Indian journal of veterinary science and animal husbandry - Volume 14,
Year: 1944
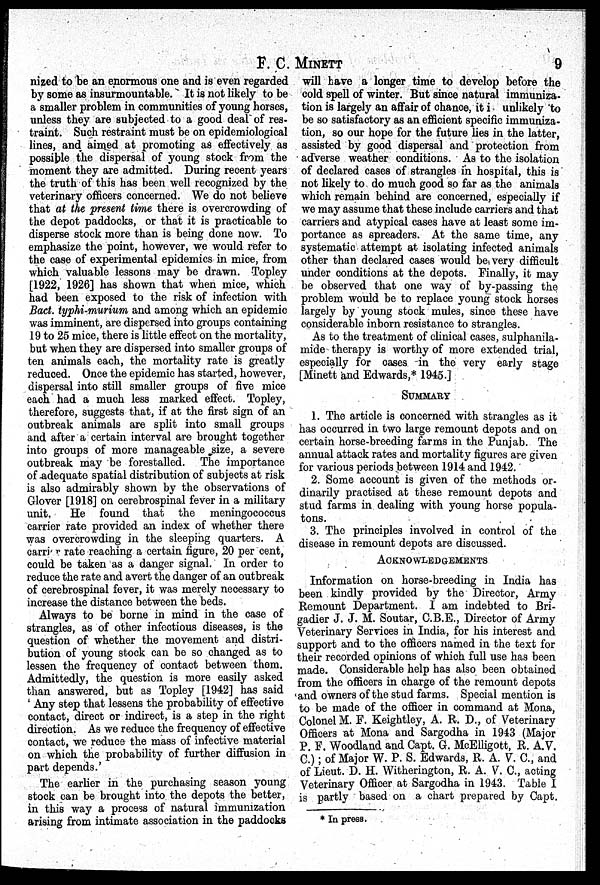
F. C.
MINETT
9
nized to be an enormous one and is even regarded
by some as insurmountable. It is not likely to be
a smaller problem in communities of young horses,
unless they are subjected to a good deal of res-
traint. Such restraint must be on epidemiological
lines, and aimed at promoting as effectively as
possible the dispersal of young stock from the
moment they are admitted. During recent years
the truth of this has been well recognized by the
veterinary officers concerned. We do not believe
that at the present time there is overcrowding of
the depot paddocks, or that it is practicable to
disperse stock more than is being done now. To
emphasize the point, however, we would refer to
the case of experimental epidemics in mice, from
which valuable lessons may be drawn. Topley
[1922, 1926] has shown that when mice, which
had been exposed to the risk of infection with
Bact. typhi-murium and among which an epidemic
was imminent, are dispersed into groups containing
19 to 25 mice, there is little effect on the mortality,
but when they are dispersed into smaller groups of
ten animals each, the mortality rate is greatly
reduced. Once the epidemic has started, however,
dispersal into still smaller groups of five mice
each had a much less marked effect. Topley,
therefore, suggests that, if at the first sign of an
outbreak animals are split into small groups
and after a certain interval are brought together
into groups of more manageable size, a severe
outbreak may be forestalled. The importance
of adequate spatial distribution of subjects at risk
is also admirably shown by the observations of
Glover [1918] on cerebrospinal fever in a military
unit. He found that the meningococcus
carrier rate provided an index of whether there
was overcrowding in the sleeping quarters. A
carrier rate reaching a certain figure, 20 per cent,
could be taken as a danger signal. In order to
reduce the rate and avert the danger of an outbreak
of cerebrospinal fever, it was merely necessary to
increase the distance between the beds.
Always to be borne in mind in the case of
strangles, as of other infectious diseases, is the
question of whether the movement and distri-
bution of young stock can be so changed as to
lessen the frequency of contact between them.
Admittedly, the question is more easily asked
than answered, but as Topley [1942] has said
'Any step that lessens the probability of effective
contact, direct or indirect, is a step in the right
direction. As we reduce the frequency of effective
contact, we reduce the mass of infective material
on which the probability of further diffusion in
part depends.'
The earlier in the purchasing season young
stock can be brought into the depots the better,
in this way a process of natural immunization
arising from intimate association in the paddocks
will have a longer time to develop before the
cold spell of winter. But since natural immuniza-
tion is largely an affair of chance, it i unlikely to
be so satisfactory as an efficient specific immuniza-
tion, so our hope for the future lies in the latter,
assisted by good dispersal and protection from
adverse weather conditions. As to the isolation
of declared cases of strangles in hospital, this is
not likely to do much good so far as the animals
which remain behind are concerned, especially if
we may assume that these include carriers and that
carriers and atypical cases have at least some im-
portance as spreaders. At the same time, any
systematic attempt at isolating infected animals
other than declared cases would be very difficult
under conditions at the depots. Finally, it may
be observed that one way of by-passing the
problem would be to replace young stock horses
largely by young stock mules, since these have
considerable inborn resistance to strangles.
As to the treatment of clinical cases, sulphanila-
mide therapy is worthy of more extended trial,
especially for cases in the very early stage
[Minett and Edwards,* 1945.]
SUMMARY
1. The article is concerned with strangles as it
has occurred in two large remount depots and on
certain horse-breeding farms in the Punjab. The
annual attack rates and mortality figures are given
for various periods between 1914 and 1942.
2. Some account is given of the methods or-
dinarily practised at these remount depots and
stud farms in dealing with young horse popula-
tons.
3. The principles involved in control of the
disease in remount depots are discussed.
ACKNOWLEDGEMENTS
Information on horse-breeding in India has
been kindly provided by the Director, Army
Remount Department. I am indebted to Bri-
gadier J. J. M. Soutar, C.B.E., Director of Army
Veterinary Services in India, for his interest and
support and to the officers named in the text for
their recorded opinions of which full use has been
made. Considerable help has also been obtained
from the officers in charge of the remount depots
and owners of the stud farms. Special mention is
to be made of the officer in command at Mona,
Colonel M. F. Keightley, A. R. D., of Veterinary
Officers at Mona and Sargodha in 1943 (Major
P. F. Woodland and Capt. G. McElligott, R. A.V.
C.); of Major W. P. S. Edwards, R. A. V. C., and
of Lieut. D. H. Witherington, R. A. V. C., acting
Veterinary Officer at Sargodha in 1943. Table I
is partly based on a chart prepared by Capt.
* In press.